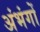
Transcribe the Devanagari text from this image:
अंभंगों